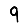
Digit: 9